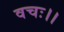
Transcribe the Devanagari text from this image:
वचः।।